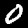
Label: 0